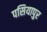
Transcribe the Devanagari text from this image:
पसियापुर